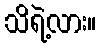
သိရဲ့လား။